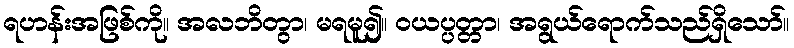
ရဟန်းအဖြစ်ကို။ အလဘိတွာ၊ မရမူ၍။ ဝယပ္ပတ္တာ၊ အရွယ်ရောက်သည်ရှိသော်။